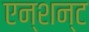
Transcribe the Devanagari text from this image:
एन्शन्ट